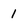
Character: 1